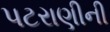
પટરાણીની